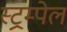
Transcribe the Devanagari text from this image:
स्ट्रम्पेल